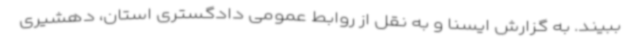
ببیند. به گزارش ایسنا و به نقل از روابط عمومی دادگستری استان، دهشیری